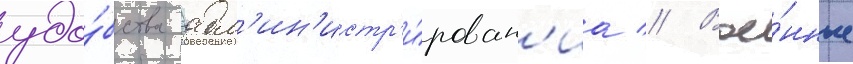
удо́бства адм'ин'истр'и́рован'иа // Вое́нные